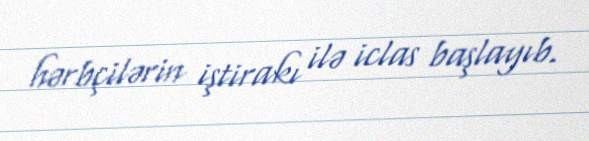
hərbçilərin iştirakı ilə iclas başlayıb.